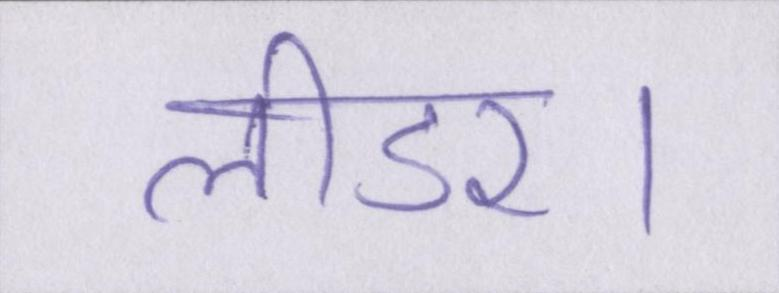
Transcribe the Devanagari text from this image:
लीडर।